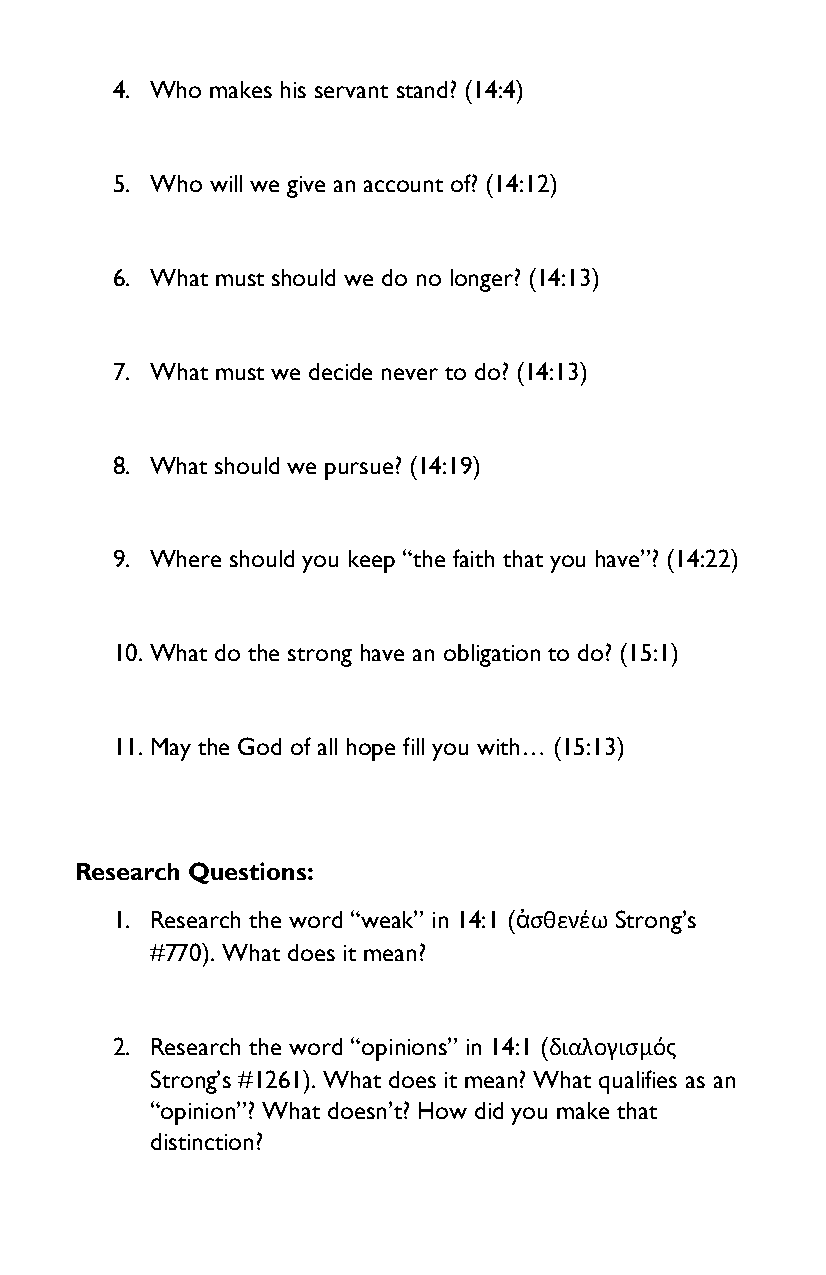
4. Who makes his servant stand? (14:4)
 5. Who will we give an account of? (14:12)
 6. What must should we do no longer? (14:13)
 7. What must we decide never to do? (14:13)
 8. What should we pursue? (14:19)
 9. Where should you keep “the faith that you have”? (14:22)
 10. What do the strong have an obligation to do? (15:1)
 11. May the God of all hope fill you with… (15:13)
 Research Questions:
 1. Research the word “weak” in 14:1 (ἀσθενέω Strong’s
 #770). What does it mean?
 2. Research the word “opinions” in 14:1 (διαλογισμός
 Strong’s #1261). What does it mean? What qualifies as an
 “opinion”? What doesn’t? How did you make that
 distinction?